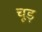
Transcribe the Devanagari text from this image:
चूड़